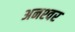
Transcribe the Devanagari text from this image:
अनश्‍वर